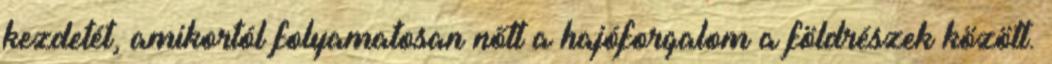
kezdetét, amikortól folyamatosan nőtt a hajóforgalom a földrészek között.